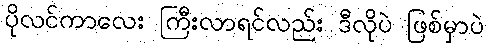
ပိုလင်ကာလေး ကြီးလာရင်လည်း ဒီလိုပဲ ဖြစ်မှာပဲ